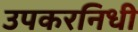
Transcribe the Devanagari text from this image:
उपकरनिधी